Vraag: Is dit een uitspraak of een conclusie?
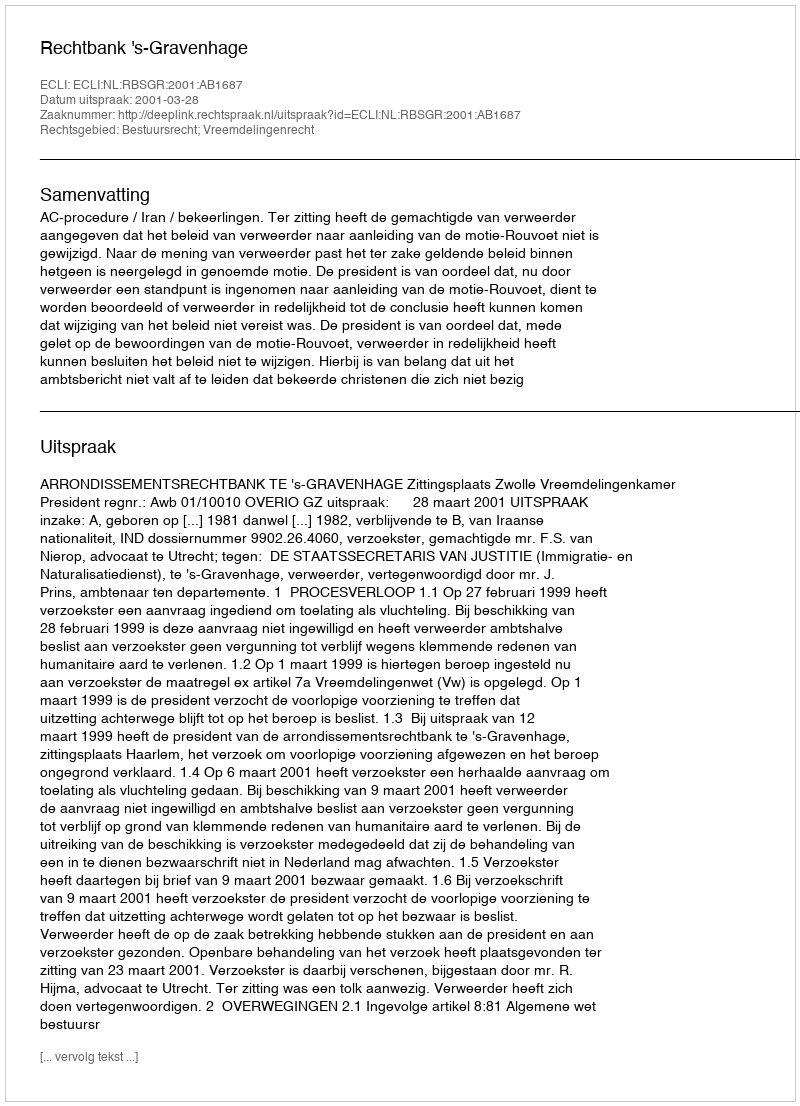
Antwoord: Uitspraak